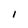
Character: I